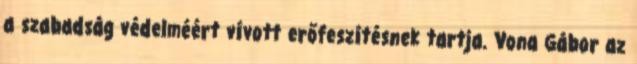
a szabadság védelméért vívott erőfeszítésnek tartja. Vona Gábor az